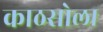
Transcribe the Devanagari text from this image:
काठसोला